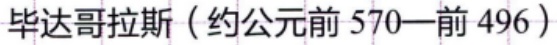
毕达哥拉斯（约公元前 570—前 496）